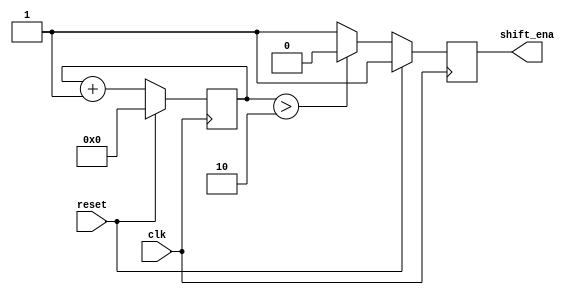
module top_module (
    input clk,
    input reset,      // Synchronous reset
    output shift_ena);
    reg [9:0] count;
    always @ (posedge clk)
        begin
            if(reset)
                count <=0;
            else
                count <= count+1;
        end
    always @ (posedge clk)
        begin
            if(reset)
                shift_ena = 1;
            else if (count > 2)
                shift_ena = 0;
            else
                shift_ena = 1;
        end

endmodule